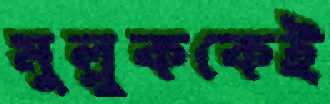
মুল্লুককেই